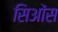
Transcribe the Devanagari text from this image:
सिओंस